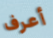
أعرف